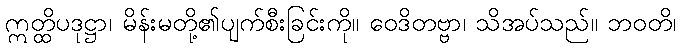
ဣတ္ထိပဒုဋ္ဌာ၊ မိန်းမတို့၏ပျက်စီးခြင်းကို။ ဝေဒိတဗ္ဗာ၊ သိအပ်သည်။ ဘဝတိ၊